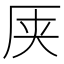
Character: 𫨆